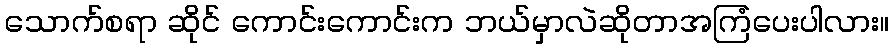
သောက်စရာ ဆိုင် ကောင်းကောင်းက ဘယ်မှာလဲဆိုတာအကြံပေးပါလား။